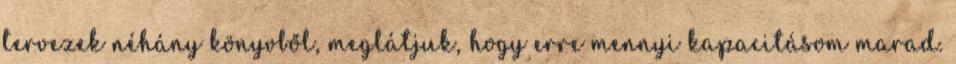
tervezek néhány könyvből, meglátjuk, hogy erre mennyi kapacitásom marad.